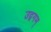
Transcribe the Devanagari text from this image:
उद्गगम्